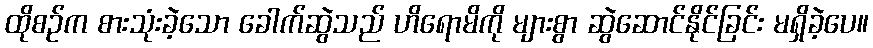
ထိုစဉ်က စားသုံးခဲ့သော ခေါက်ဆွဲသည် ဟိရောမိကို များစွာ ဆွဲဆောင်နိုင်ခြင်း မရှိခဲ့ပေ။